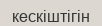
кескіштігін